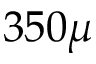
3 5 0 \mu